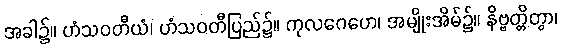
အခါ၌။ ဟံသဝတီယံ၊ ဟံသဝတီပြည်၌။ ကုလဂေဟေ၊ အမျိုးအိမ်၌။ နိဗ္ဗတ္တိတွာ၊